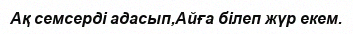
Ақ семсерді адасып,Айға білеп жүр екем.